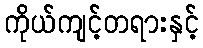
ကိုယ်ကျင့်တရားနှင့်